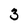
Character: 3